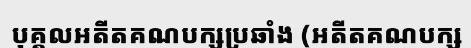
បុគ្គលអតីតគណបក្សប្រឆាំង (អតីតគណបក្ស